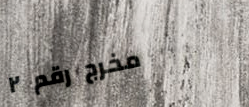
مخرج رقم ٢